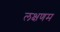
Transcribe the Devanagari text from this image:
लक्षणम